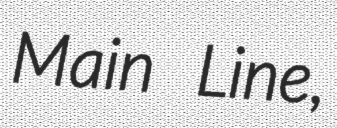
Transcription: Main Line,